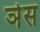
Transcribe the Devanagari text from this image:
ञेस